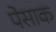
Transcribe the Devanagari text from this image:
पेसाक